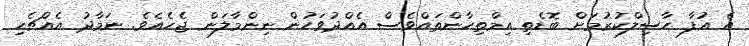
އެ އުފާ ހާސިލްކުރުމަށް ބޮޑެތި އިމްތިހާންތައްވެސް އެއްދުވަހުން ނިންމާލަން ޖެހެއެވެ. ނަމާދު އެއްޗެހި